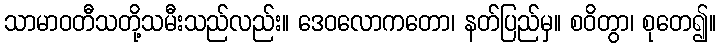
သာမာဝတီသတို့သမီးသည်လည်း။ ဒေဝလောကတော၊ နတ်ပြည်မှ။ စဝိတွာ၊ စုတေ၍။